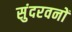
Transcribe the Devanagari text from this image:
सुंदरवनों